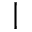
|